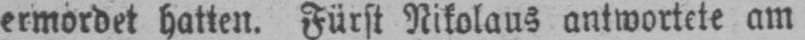
ermordet hatten. Fürst Nikolaus antwortete am